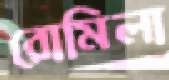
রোমিলা